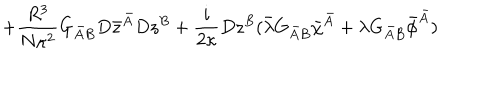
LaTeX: + \frac { R ^ { 3 } } { N \kappa ^ { 2 } } G _ { \bar { A } B } D \bar { z } ^ { \bar { A } } D z ^ { B } + \frac { i } { 2 \kappa } D z ^ { B } ( \bar { \lambda } G _ { \bar { A } B } \bar { \chi } ^ { \bar { A } } + \lambda G _ { \bar { A } B } \bar { \phi } ^ { \bar { A } } )